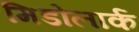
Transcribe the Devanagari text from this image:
मिडोलार्क